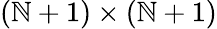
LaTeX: (\mathbb{N}+1)\times(\mathbb{N}+1)